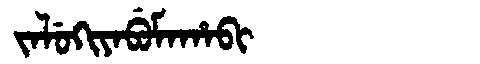
Manchu: ᠵᠠᠯᡠᡴᡳᠶᠠᠪᡠᠮᠠᡥᠠᠪᡳ
Romanization: JALUKIYABUMAHABI